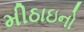
મીઠાઇનો